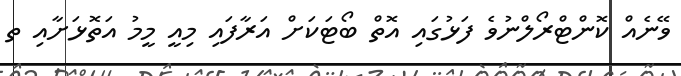
ވޭނެއް ކޮންޓްރޯލްނުވެ ފަޅުގައި އޮތް ބޯޓަކަށް އަރާފައި މިއީ މީމު އަތޮޅަށާއި ތ